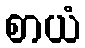
စာယံ